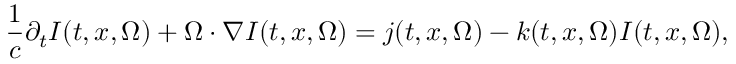
\frac { 1 } { c } \partial _ { t } I ( t , x , \Omega ) + \Omega \cdot \nabla I ( t , x , \Omega ) = j ( t , x , \Omega ) - k ( t , x , \Omega ) I ( t , x , \Omega ) ,